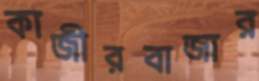
কাজীরবাজার